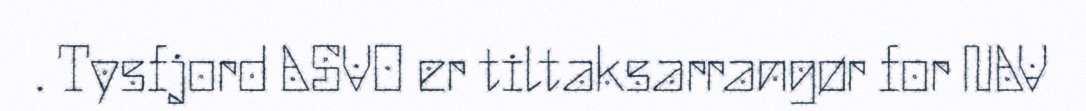
. Tysfjord ASVO er tiltaksarrangør for NAV